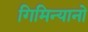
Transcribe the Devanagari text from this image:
गिमिन्यानो